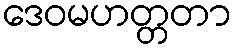
ဒေဝမဟတ္တတာ